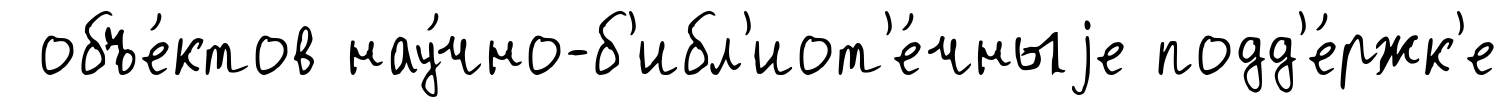
объе́ктов нау́чно-б'ибл'иот'е́чныjе подд'е́ржк'е